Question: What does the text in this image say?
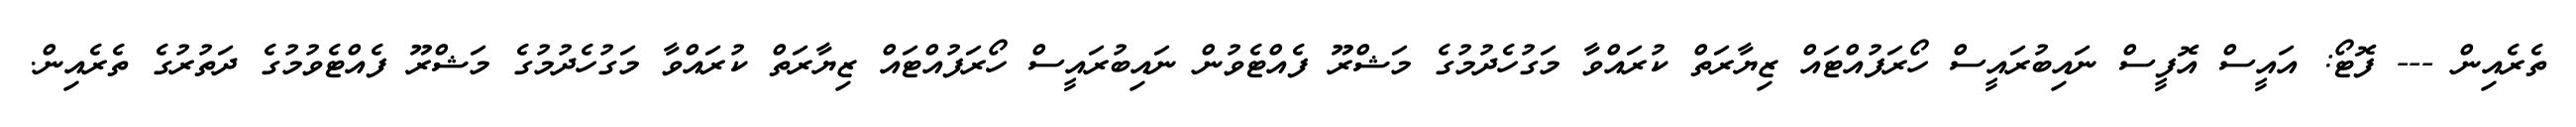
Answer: ތެރެއިން --- ފޮޓޯ: އައީސް އޮފީސް ނައިބުރައީސް ހޯރަފުއްޓައް ޒިޔާރަތް ކުރައްވާ މަގުހެދުމުގެ މަޝްރޫ ފެއްޓެވުން ނައިބުރައީސް ހޯރަފުއްޓައް ޒިޔާރަތް ކުރައްވާ މަގުހެދުމުގެ މަޝްރޫ ފެއްޓެވުމުގެ ދަތުރުގެ ތެރެއިން.